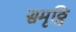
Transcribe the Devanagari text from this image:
समृठ्ठि